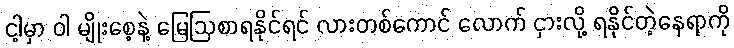
ငါ့မှာ ဝါ မျိုးစေ့နဲ့ မြေဩစာရနိုင်ရင် လားတစ်ကောင် လောက် ငှားလို့ ရနိုင်တဲ့နေရာကို